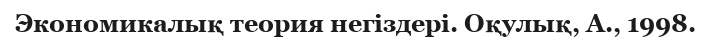
Экономикалық теория негіздері. Оқулық, А., 1998.